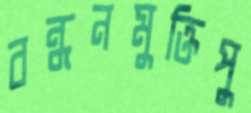
বন্ধনমুক্তিপু